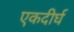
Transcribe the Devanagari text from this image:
एकदीर्घ